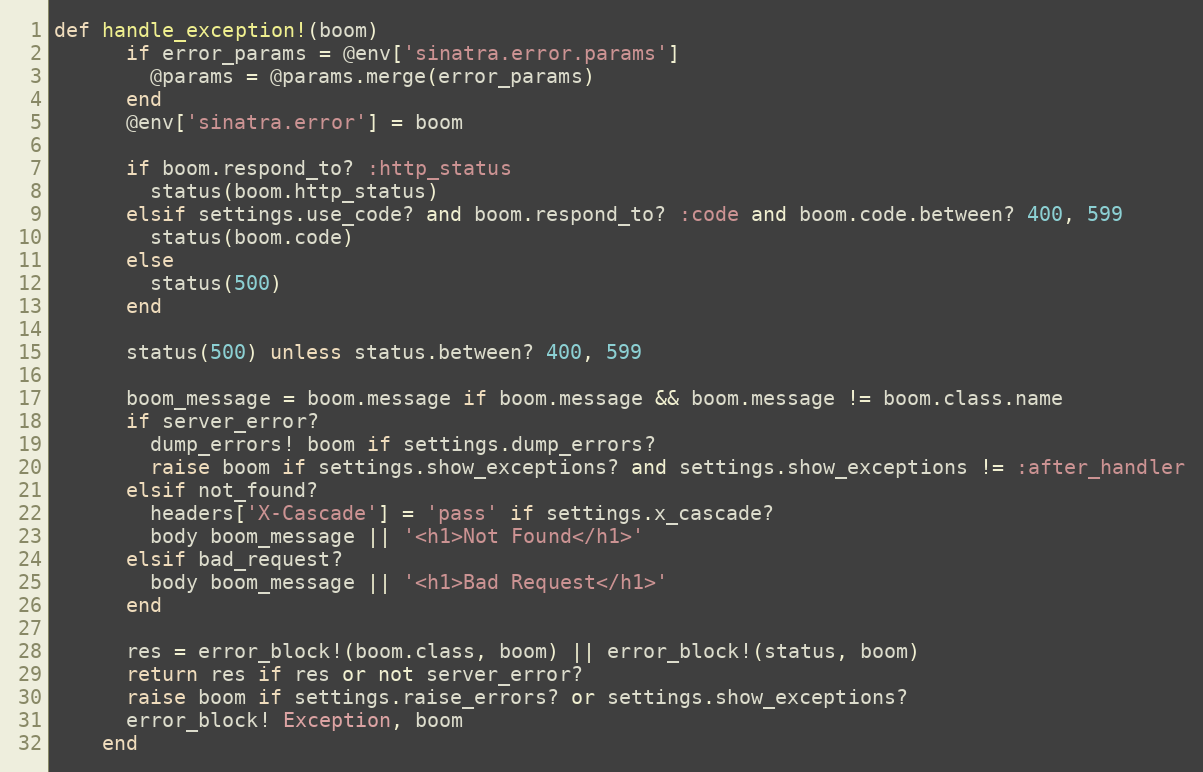
Language: Ruby
def handle_exception!(boom)
      if error_params = @env['sinatra.error.params']
        @params = @params.merge(error_params)
      end
      @env['sinatra.error'] = boom

      if boom.respond_to? :http_status
        status(boom.http_status)
      elsif settings.use_code? and boom.respond_to? :code and boom.code.between? 400, 599
        status(boom.code)
      else
        status(500)
      end

      status(500) unless status.between? 400, 599

      boom_message = boom.message if boom.message && boom.message != boom.class.name
      if server_error?
        dump_errors! boom if settings.dump_errors?
        raise boom if settings.show_exceptions? and settings.show_exceptions != :after_handler
      elsif not_found?
        headers['X-Cascade'] = 'pass' if settings.x_cascade?
        body boom_message || '<h1>Not Found</h1>'
      elsif bad_request?
        body boom_message || '<h1>Bad Request</h1>'
      end

      res = error_block!(boom.class, boom) || error_block!(status, boom)
      return res if res or not server_error?
      raise boom if settings.raise_errors? or settings.show_exceptions?
      error_block! Exception, boom
    end